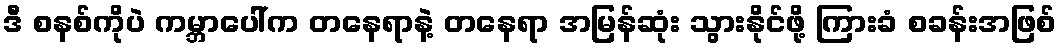
ဒီ စနစ်ကိုပဲ ကမ္ဘာပေါ်က တနေရာနဲ့ တနေရာ အမြန်ဆုံး သွားနိုင်ဖို့ ကြားခံ စခန်းအဖြစ်